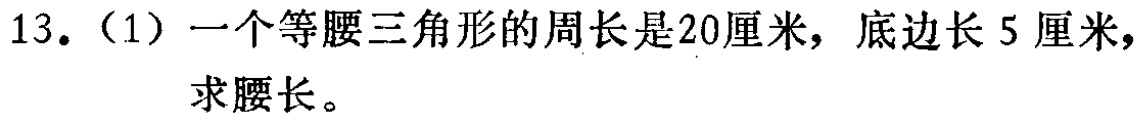
13.（1）一个等腰三角形的周长是20厘米，底边长5厘米，求腰长。